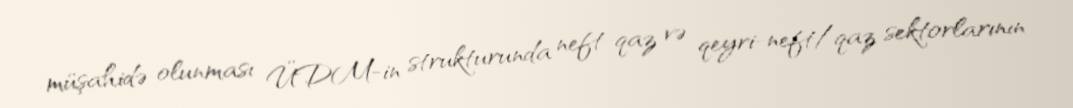
müşahidə olunması ÜDM-in strukturunda neft-qaz və qeyri-neft/qaz sektorlarının